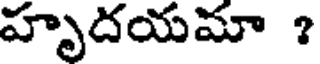
హృదయమా ?